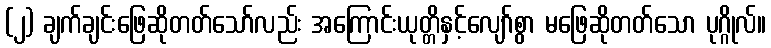
(၂) ချက်ချင်းဖြေဆိုတတ်သော်လည်း အကြောင်းယုတ္တိနှင့်လျော်စွာ မဖြေဆိုတတ်သော ပုဂ္ဂိုလ်။